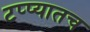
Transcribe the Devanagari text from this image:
टप्प्यातच